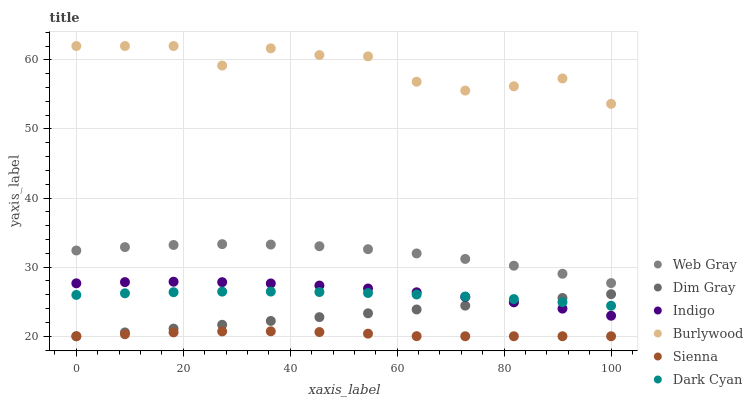
| xaxis_label | Web Gray | Dim Gray | Indigo | Burlywood | Sienna | Dark Cyan |
 | --- | --- | --- | --- | --- | --- | --- |
 | 0 | 32.4 | 20 | 27.7 | 62 | 20 | 26 |
 | 9.09 | 32.9 | 20.6 | 27.8 | 62 | 20.3 | 26.2 |
 | 18.2 | 33.2 | 21.1 | 27.9 | 62 | 20.6 | 26.4 |
 | 27.3 | 33.3 | 21.7 | 27.8 | 59.2 | 20.7 | 26.5 |
 | 36.4 | 33.3 | 22.2 | 27.6 | 61.7 | 20.7 | 26.5 |
 | 45.5 | 33 | 22.8 | 27.3 | 60.7 | 20.6 | 26.4 |
 | 54.5 | 32.6 | 23.3 | 26.9 | 60.5 | 20.4 | 26.3 |
 | 63.6 | 32 | 23.9 | 26.4 | 56.8 | 20 | 26 |
 | 72.7 | 31.2 | 24.4 | 25.7 | 55.6 | 20 | 25.7 |
 | 81.8 | 30.2 | 25 | 24.9 | 56.2 | 20 | 25.4 |
 | 90.9 | 29 | 25.5 | 24 | 57.3 | 20 | 24.9 |
 | 100 | 27.7 | 26.1 | 23 | 53.6 | 20 | 24.4 |